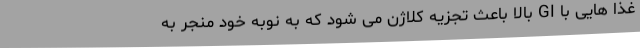
غذا هایی با GI بالا باعث تجزیه کلاژن می شود که به نوبه خود منجر به